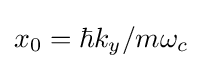
x_{0}=\hbar k_{y}/m\omega _{c}